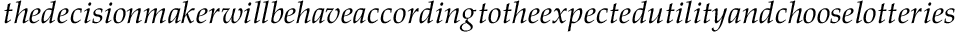
\ t h e d e c i s i o n m a k e r w i l l b e h a v e a c c o r d i n g t o t h e e x p e c t e d u t i l i t y a n d c h o o s e l o t t e r i e s